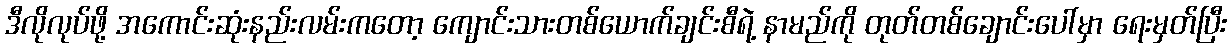
ဒီလိုလုပ်ဖို့ အကောင်းဆုံးနည်းလမ်းကတော့ ကျောင်းသားတစ်ယောက်ချင်းစီရဲ့ နာမည်ကို တုတ်တစ်ချောင်းပေါ်မှာ ရေးမှတ်ပြီး